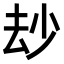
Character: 𠫴